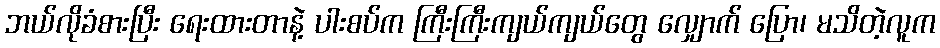
ဘယ်လိုခံစားပြီး ရေးထားတာနဲ့ ပါးစပ်က ကြီးကြီးကျယ်ကျယ်တွေ လျှောက် ပြော၊ မသိတဲ့လူက